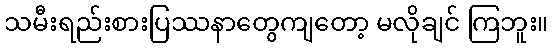
သမီးရည်းစားပြဿနာတွေကျတော့ မလိုချင် ကြဘူး။